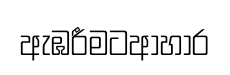
ඇඹරීමටආහාර